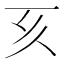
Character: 𠀔